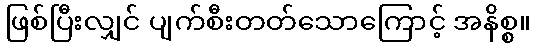
ဖြစ်ပြီးလျှင် ပျက်စီးတတ်သောကြောင့် အနိစ္စ။